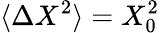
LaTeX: \langle\Delta X^{2}\rangle=X_{0}^{2}